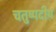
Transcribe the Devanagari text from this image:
चतुष्पदीय